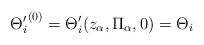
\begin{align*}{\Theta^{\prime}_{i}}^{(0)} = \Theta^{\prime}_{i}(z_{\alpha},\Pi_{\alpha},0)= \Theta_{i}\end{align*}